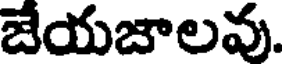
జేయజాలవు.